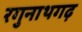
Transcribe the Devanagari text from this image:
रगुनाथगढ़